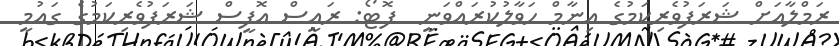
ރަމްލާއަށް ޝަރަފުވެރިކަމުގެ އިނާމް ހަވާލުކުރައްވަނީ  ފޮޓޯ: ރައީސް އޮފީސް ޝަރަފުވެރިކަމުގެ ގައުމީ